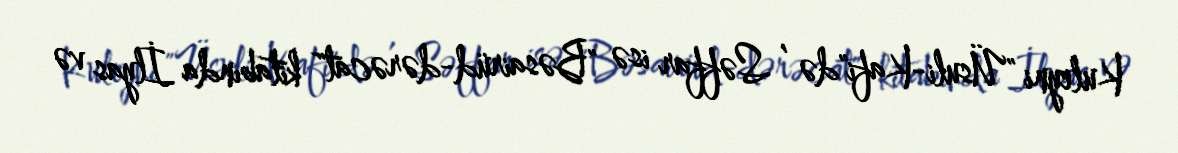
Kuleyni "Üsuli-Kafi"də , Səffar isə "Bəsairüd-dərəcat" kitabında İlyas və